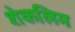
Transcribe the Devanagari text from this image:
शेकलिम